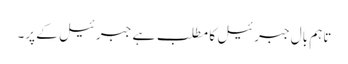
تاہم بال جبرئیل کا مطلب ہے جبرئیل کے پر۔